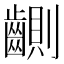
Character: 䶡